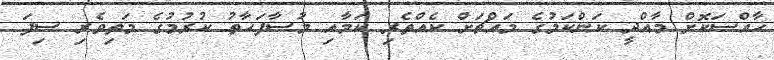
ޚާއްސަކޮށް މާއްދީ ކަންކަމުގެ މައްޗަށް ކެއްތެރި ކަމާއި މުސާފަޙާތު ކުރުމުގެ މަތިވެރި ސިފަ